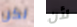
لكن لأن